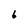
Character: 6